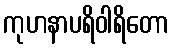
ကုဟနာပရိဝါရိတော